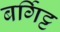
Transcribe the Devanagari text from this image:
बर्गिट्ट